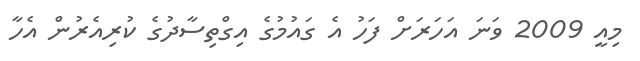
މިއީ 2009 ވަނަ އަހަރަށް ފަހު އެ ގައުމުގެ އިގްތިސާދުގެ ކުރިއެރުން އެހާ